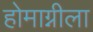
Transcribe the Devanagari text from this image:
होमाग्नीला